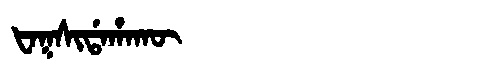
Manchu: ᡶᠠᡴᠰᡳᡩᠠᡥᠠᡴᡡ
Romanization: FAKSIDAHAKŪ